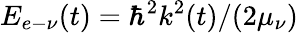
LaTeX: E_{e-\nu}(t)=\hbar^{2}k^{2}(t)/(2\mu_{\nu})